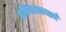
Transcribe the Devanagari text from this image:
इतिसासाचार्य